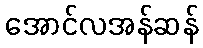
အောင်လအန်ဆန်